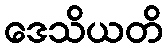
ဒေသိယတိ